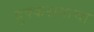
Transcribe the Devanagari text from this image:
बुक्करायाचा